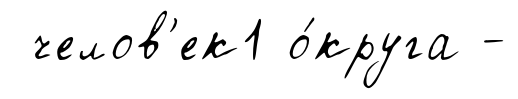
челов'ек1 о́круга -